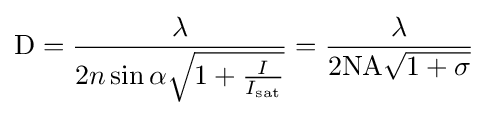
\mathrm {D} ={\frac {\lambda }{2n\sin {\alpha }{\sqrt {1+{\frac {I}{I_{\text{sat}}}}}}}}={\frac {\lambda }{\mathrm {2NA} {\sqrt {1+\sigma }}}}